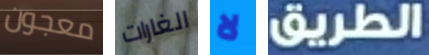
معجون الغارات لا الطريق